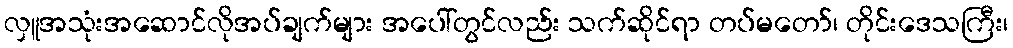
လှူအသုံးအဆောင်လိုအပ်ချက်များ အပေါ်တွင်လည်း သက်ဆိုင်ရာ တပ်မတော်၊ တိုင်းဒေသကြီး၊